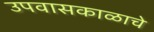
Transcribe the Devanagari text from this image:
उपवासकाळाचे